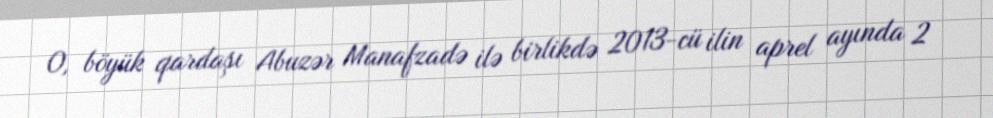
O, böyük qardaşı Abuzər Manafzadə ilə birlikdə 2013-cü ilin aprel ayında 2